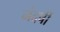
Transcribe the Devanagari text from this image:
नंदर्षी